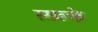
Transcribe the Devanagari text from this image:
स्छल्के